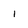
Character: i